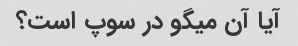
آیا آن میگو در سوپ است؟